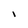
Character: I